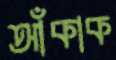
আঁকাক